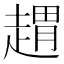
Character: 𧼫